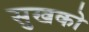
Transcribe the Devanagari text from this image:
सुखको